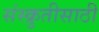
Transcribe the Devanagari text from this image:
संस्क्रुतीसाठी